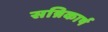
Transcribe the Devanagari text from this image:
सन्निकार्ष